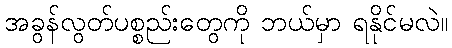
အခွန်လွတ်ပစ္စည်းတွေကို ဘယ်မှာ ရနိုင်မလဲ။